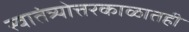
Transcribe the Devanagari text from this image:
स्वातंत्र्योत्तरकाळातही